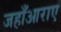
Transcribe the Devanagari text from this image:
जहाँआराए